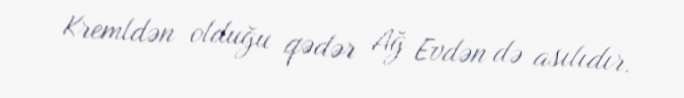
Kremldən olduğu qədər Ağ Evdən də asılıdır.